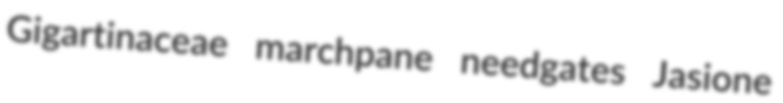
Gigartinaceae marchpane needgates Jasione